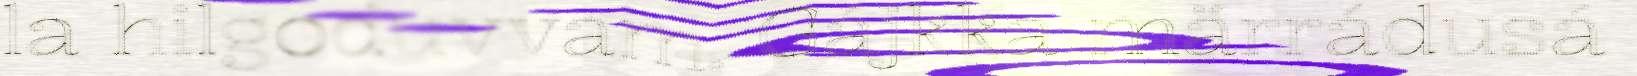
la hilgoduvvam. Gájkka märrádusá